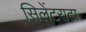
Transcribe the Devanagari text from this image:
सिलेंटराटा